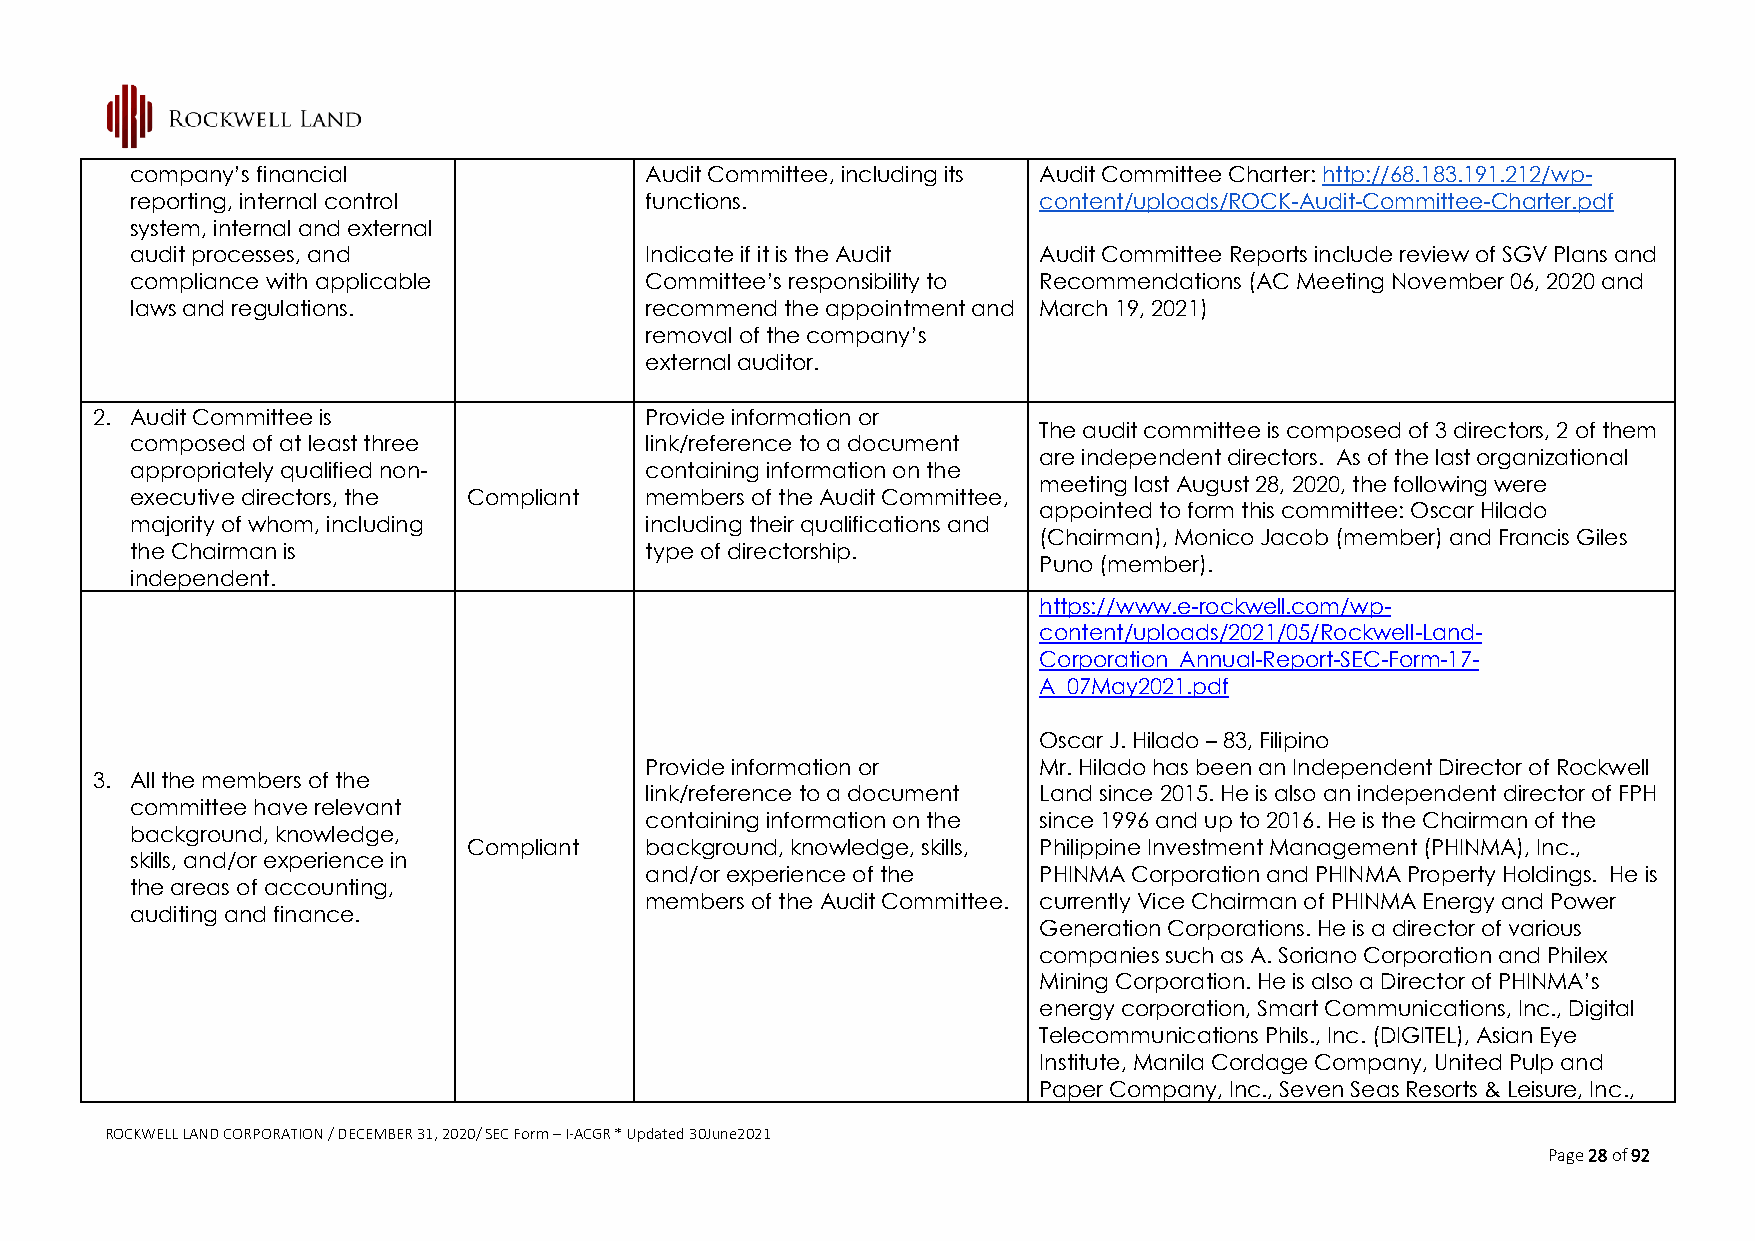
company’s financial               Audit Committee, including its Audit Committee Charter: http://68.183.191.212/wp-
 reporting, internal control       functions.                content/uploads/ROCK-Audit-Committee-Charter.pdf
 system, internal and external
 audit processes, and              Indicate if it is the Audit Audit Committee Reports include review of SGV Plans and
 compliance with applicable        Committee’s responsibility to Recommendations (AC Meeting November 06, 2020 and
 laws and regulations.             recommend the appointment and March 19, 2021)
 removal of the company’s
 external auditor.
 2. Audit Committee is                Provide information or
 The audit committee is composed of 3 directors, 2 of them
 composed of at least three        link/reference to a document
 are independent directors. As of the last organizational
 appropriately qualified non-      containing information on the
 meeting last August 28, 2020, the following were
 executive directors, the Compliant members of the Audit Committee,
 appointed to form this committee: Oscar Hilado
 majority of whom, including       including their qualifications and
 (Chairman), Monico Jacob (member) and Francis Giles
 the Chairman is                   type of directorship.
 Puno (member).
 independent.
 https://www.e-rockwell.com/wp-
 content/uploads/2021/05/Rockwell-Land-
 Corporation_Annual-Report-SEC-Form-17-
 A_07May2021.pdf
 Oscar J. Hilado – 83, Filipino
 Provide information or    Mr. Hilado has been an Independent Director of Rockwell
 3. All the members of the
 link/reference to a document Land since 2015. He is also an independent director of FPH
 committee have relevant
 containing information on the since 1996 and up to 2016. He is the Chairman of the
 background, knowledge,
 Compliant   background, knowledge, skills, Philippine Investment Management (PHINMA), Inc.,
 skills, and/or experience in
 and/or experience of the  PHINMA Corporation and PHINMA Property Holdings. He is
 the areas of accounting,
 members of the Audit Committee. currently Vice Chairman of PHINMA Energy and Power
 auditing and finance.
 Generation Corporations. He is a director of various
 companies such as A. Soriano Corporation and Philex
 Mining Corporation. He is also a Director of PHINMA’s
 energy corporation, Smart Communications, Inc., Digital
 Telecommunications Phils., Inc. (DIGITEL), Asian Eye
 Institute, Manila Cordage Company, United Pulp and
 Paper Company, Inc., Seven Seas Resorts & Leisure, Inc.,
 ROCKWELL LAND CORPORATION / DECEMBER 31, 2020/ SEC Form – I-ACGR * Updated 30June2021
 Page 28 of 92